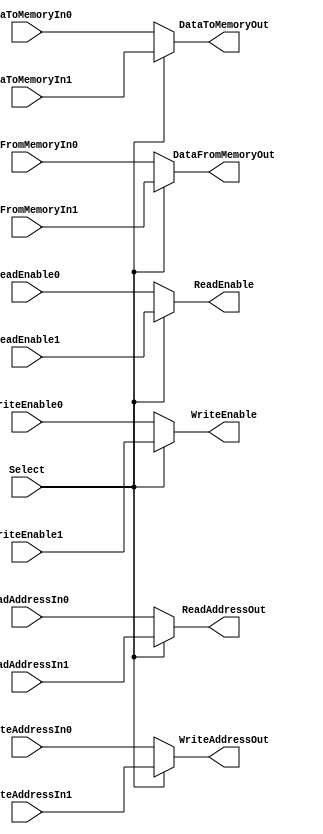
`timescale 1ns / 10ps

module FFEDataMemoryMux (
	input		Select,
	
	input [9:0]		ReadAddressIn0,
	input [9:0]		ReadAddressIn1,
	output[9:0]		ReadAddressOut,
	
	input [9:0]		WriteAddressIn0,
	input [9:0]		WriteAddressIn1,
	output[9:0]		WriteAddressOut,
	
	input [35:0]	DataToMemoryIn0,
	input [35:0]	DataToMemoryIn1,
	output[35:0]	DataToMemoryOut,
	
	input [35:0]	DataFromMemoryIn0,
	input [35:0]	DataFromMemoryIn1,
	output[35:0]	DataFromMemoryOut,
	
	input			ReadEnable0,
	input			ReadEnable1,
	output			ReadEnable,
	
	input			WriteEnable0,
	input			WriteEnable1,
	output			WriteEnable
	);
	
	assign ReadAddressOut = (Select) ? ReadAddressIn1 : ReadAddressIn0;
	assign WriteAddressOut = (Select) ? WriteAddressIn1 : WriteAddressIn0;
	assign DataToMemoryOut = (Select) ? DataToMemoryIn1 : DataToMemoryIn0;
	assign DataFromMemoryOut = (Select) ? DataFromMemoryIn1 : DataFromMemoryIn0;
	assign ReadEnable = (Select) ? ReadEnable1 : ReadEnable0;
	assign WriteEnable = (Select) ? WriteEnable1 : WriteEnable0;

endmodule